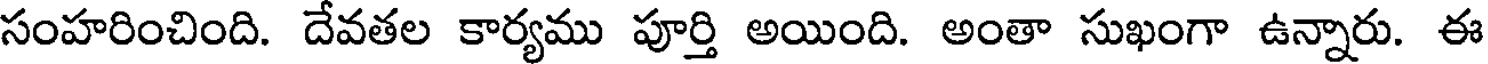
సంహరించింది. దేవతల కార్యము పూర్తి అయింది. అంతా సుఖంగా ఉన్నారు. ఈ